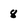
Character: 8